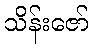
သိန်းဇော်